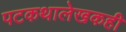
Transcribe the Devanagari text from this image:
पटकथालेखकही